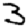
Digit: 3